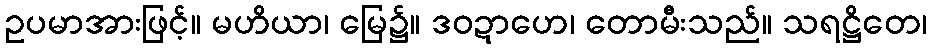
ဥပမာအားဖြင့်။ မဟိယာ၊ မြေ၌။ ဒဝဍာဟေ၊ တောမီးသည်။ သရဋ္ဌိတေ၊